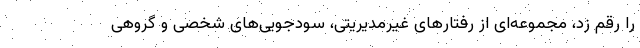
را رقم زد، مجموعه‌ای از رفتارهای غیرمدیریتی، سودجویی‌های شخصی و گروهی